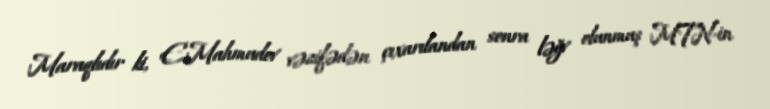
Maraqlıdır ki, E.Mahmudov vəzifədən çıxarılandan sonra ləğv olunmuş MTN-in